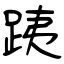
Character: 跠